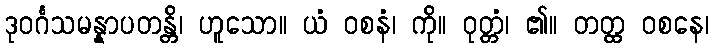
ဒုဝင်္ဂသမန္နာပတန္တိ၊ ဟူသော။ ယံ ဝစနံ၊ ကို။ ဝုတ္တံ၊ ၏။ တတ္ထ ဝစနေ၊